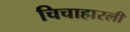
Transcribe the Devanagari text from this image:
चिचाहारली